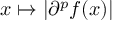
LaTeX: x \mapsto \left| \partial ^ { p } f ( x ) \right|